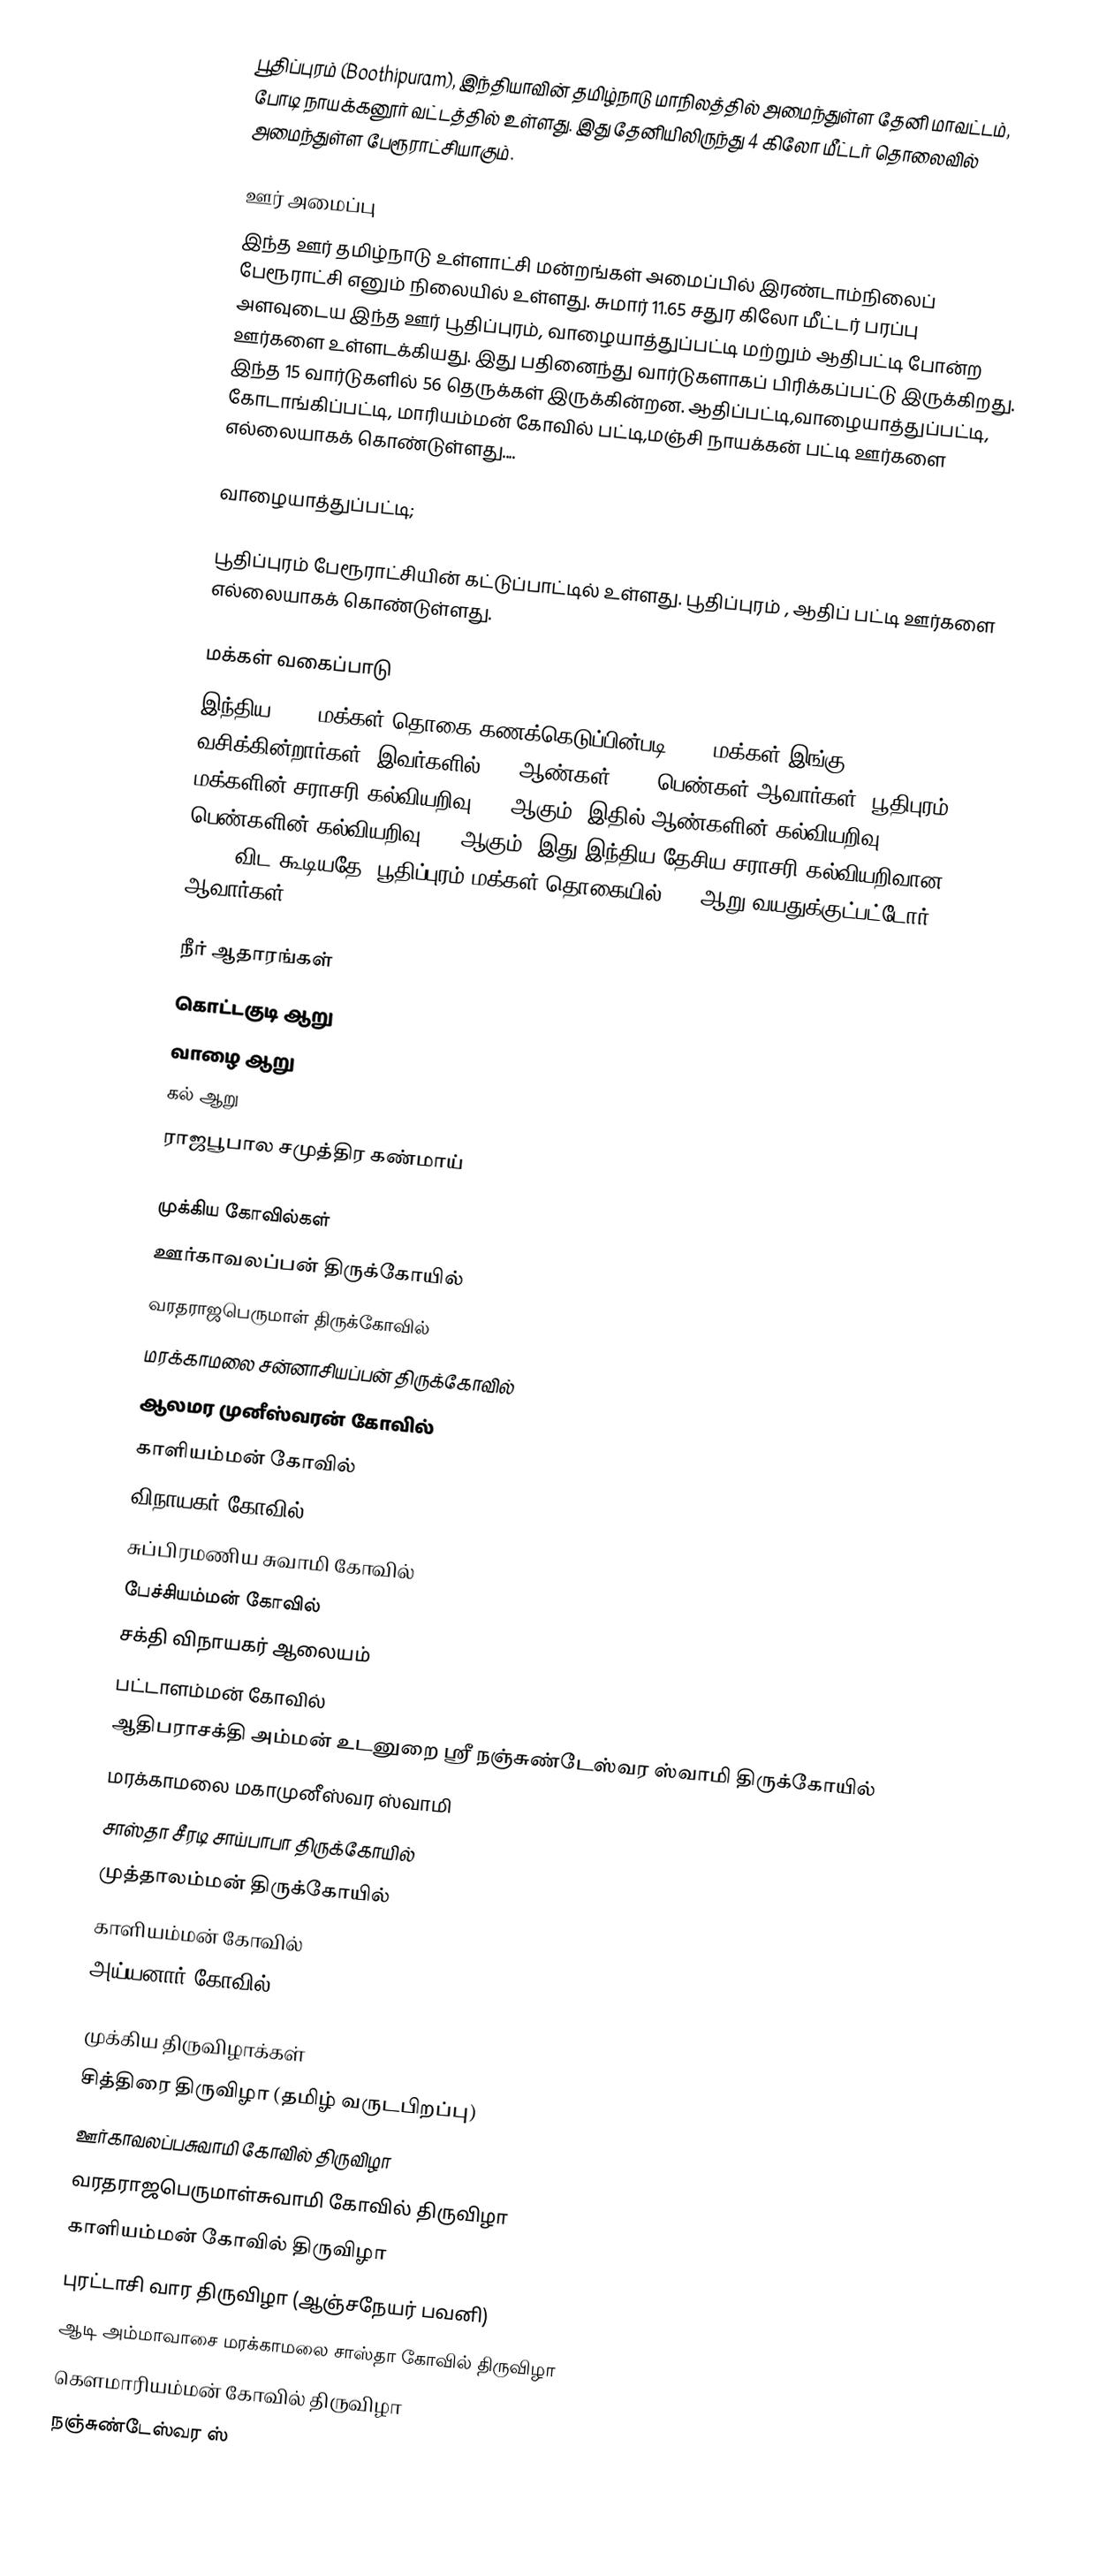
பூதிப்புரம் (Boothipuram), இந்தியாவின் தமிழ்நாடு மாநிலத்தில் அமைந்துள்ள தேனி மாவட்டம், போடி நாயக்கனூர் வட்டத்தில் உள்ளது. இது தேனியிலிருந்து 4 கிலோ மீட்டர் தொலைவில் அமைந்துள்ள பேரூராட்சியாகும்.

ஊர் அமைப்பு
இந்த ஊர் தமிழ்நாடு உள்ளாட்சி மன்றங்கள் அமைப்பில் இரண்டாம்நிலைப் பேரூராட்சி எனும் நிலையில் உள்ளது. சுமார்  11.65 சதுர கிலோ மீட்டர் பரப்பு அளவுடைய இந்த ஊர் பூதிப்புரம், வாழையாத்துப்பட்டி மற்றும் ஆதிபட்டி  போன்ற ஊர்களை உள்ளடக்கியது. இது பதினைந்து வார்டுகளாகப் பிரிக்கப்பட்டு இருக்கிறது. இந்த 15 வார்டுகளில் 56 தெருக்கள் இருக்கின்றன. ஆதிப்பட்டி,வாழையாத்துப்பட்டி, கோடாங்கிப்பட்டி, மாரியம்மன் கோவில் பட்டி,மஞ்சி நாயக்கன் பட்டி ஊர்களை எல்லையாகக் கொண்டுள்ளது....

வாழையாத்துப்பட்டி;

பூதிப்புரம் பேரூராட்சியின் கட்டுப்பாட்டில் உள்ளது. பூதிப்புரம் , ஆதிப் பட்டி ஊர்களை எல்லையாகக் கொண்டுள்ளது.

மக்கள் வகைப்பாடு
இந்திய 2001 மக்கள் தொகை கணக்கெடுப்பின்படி 9623 மக்கள் இங்கு வசிக்கின்றார்கள். இவர்களில் 51% ஆண்கள், 49% பெண்கள் ஆவார்கள். பூதிபுரம் மக்களின் சராசரி கல்வியறிவு 60% ஆகும்,  இதில் ஆண்களின் கல்வியறிவு 69%,  பெண்களின் கல்வியறிவு 50% ஆகும். இது இந்திய தேசிய சராசரி கல்வியறிவான 59.5% விட கூடியதே. பூதிப்புரம் மக்கள் தொகையில் 12%  ஆறு வயதுக்குட்பட்டோர் ஆவார்கள்.

நீர் ஆதாரங்கள்
 கொட்டகுடி ஆறு
 வாழை ஆறு
 கல் ஆறு
 ராஜபூபால சமுத்திர கண்மாய்

முக்கிய கோவில்கள்
 ஊர்காவலப்பன் திருக்கோயில்
 வரதராஜபெருமாள் திருக்கோவில்
 மரக்காமலை சன்னாசியப்பன் திருக்கோவில்
 ஆலமர முனீஸ்வரன் கோவில்
 காளியம்மன் கோவில்
 விநாயகர் கோவில்
 சுப்பிரமணிய சுவாமி கோவில்
 பேச்சியம்மன் கோவில்
 சக்தி விநாயகர் ஆலையம்
 பட்டாளம்மன் கோவில்
 ஆதிபராசக்தி அம்மன் உடனுறை ஶ்ரீ நஞ்சுண்டேஸ்வர ஸ்வாமி திருக்கோயில்
 மரக்காமலை மகாமுனீஸ்வர ஸ்வாமி
 சாஸ்தா சீரடி சாய்பாபா திருக்கோயில்
முத்தாலம்மன் திருக்கோயில்
காளியம்மன் கோவில்
அய்யனார் கோவில்

முக்கிய திருவிழாக்கள்
 சித்திரை  திருவிழா (தமிழ் வருடபிறப்பு)
 ஊர்காவலப்பசுவாமி கோவில் திருவிழா
 வரதராஜபெருமாள்சுவாமி கோவில் திருவிழா
 காளியம்மன் கோவில் திருவிழா
 புரட்டாசி வார திருவிழா (ஆஞ்சநேயர் பவனி)
 ஆடி அம்மாவாசை மரக்காமலை சாஸ்தா கோவில் திருவிழா
 கெளமாரியம்மன் கோவில் திருவிழா
 நஞ்சுண்டேஸ்வர ஸ்